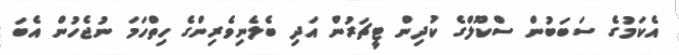
އެކަމުގެ ސަބަބުން ސްކޫލްގެ ކުދިން ޓީޗަރުން އަދި ބެލެނިވެރިންގެ ހިތްހަމަ ނުޖެހުން އެބަ